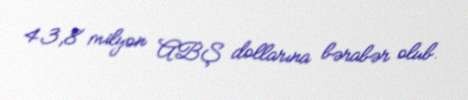
43,8 milyon ABŞ dollarına bərabər olub.